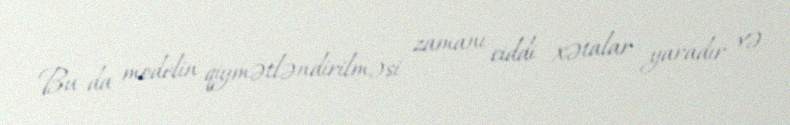
Bu da modelin qiymətləndirilməsi zamanı ciddi xətalar yaradır və